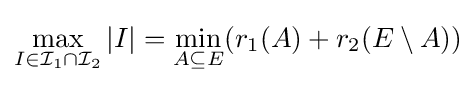
\max _{I\in {\mathcal {I}}_{1}\cap {\mathcal {I}}_{2}}|I|=\min _{A\subseteq E}(r_{1}(A)+r_{2}(E\setminus A))